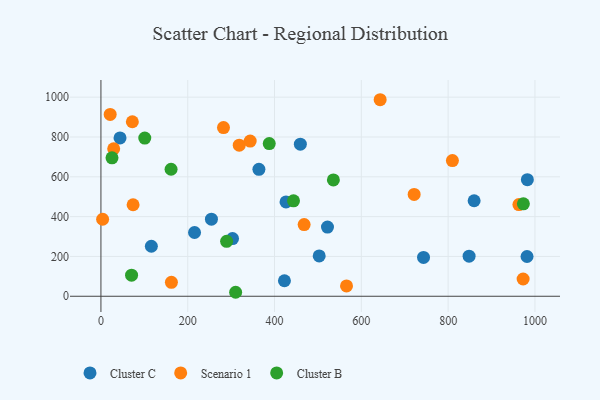
{"axis": {"x": "Experience", "y": "Salary"}, "legend": ["Cluster B", "Cluster C", "Scenario 1"], "data": [{"x": "254.6", "y": 387.1, "type": "Cluster C"}, {"x": "116.2", "y": 251.1, "type": "Cluster C"}, {"x": "426.5", "y": 473.9, "type": "Cluster C"}, {"x": "502.9", "y": 202.8, "type": "Cluster C"}, {"x": "982.6", "y": 585.4, "type": "Cluster C"}, {"x": "44.0", "y": 795.2, "type": "Cluster C"}, {"x": "459.5", "y": 763.9, "type": "Cluster C"}, {"x": "981.8", "y": 199.6, "type": "Cluster C"}, {"x": "743.3", "y": 195.1, "type": "Cluster C"}, {"x": "422.8", "y": 77.8, "type": "Cluster C"}, {"x": "859.9", "y": 479.8, "type": "Cluster C"}, {"x": "215.7", "y": 320.1, "type": "Cluster C"}, {"x": "522.0", "y": 347.3, "type": "Cluster C"}, {"x": "303.2", "y": 289.7, "type": "Cluster C"}, {"x": "364.0", "y": 637.7, "type": "Cluster C"}, {"x": "848.3", "y": 201.3, "type": "Cluster C"}, {"x": "721.7", "y": 511.4, "type": "Scenario 1"}, {"x": "565.9", "y": 52.0, "type": "Scenario 1"}, {"x": "972.8", "y": 86.8, "type": "Scenario 1"}, {"x": "282.4", "y": 847.2, "type": "Scenario 1"}, {"x": "468.2", "y": 360.2, "type": "Scenario 1"}, {"x": "809.9", "y": 681.5, "type": "Scenario 1"}, {"x": "643.4", "y": 987.1, "type": "Scenario 1"}, {"x": "72.4", "y": 876.4, "type": "Scenario 1"}, {"x": "21.3", "y": 913.4, "type": "Scenario 1"}, {"x": "74.1", "y": 459.7, "type": "Scenario 1"}, {"x": "162.4", "y": 70.0, "type": "Scenario 1"}, {"x": "963.1", "y": 460.6, "type": "Scenario 1"}, {"x": "3.9", "y": 386.9, "type": "Scenario 1"}, {"x": "29.4", "y": 740.8, "type": "Scenario 1"}, {"x": "318.7", "y": 759.0, "type": "Scenario 1"}, {"x": "343.9", "y": 779.2, "type": "Scenario 1"}, {"x": "289.6", "y": 276.0, "type": "Cluster B"}, {"x": "973.4", "y": 464.3, "type": "Cluster B"}, {"x": "101.0", "y": 794.3, "type": "Cluster B"}, {"x": "70.6", "y": 105.8, "type": "Cluster B"}, {"x": "25.5", "y": 695.3, "type": "Cluster B"}, {"x": "443.7", "y": 479.4, "type": "Cluster B"}, {"x": "310.4", "y": 20.0, "type": "Cluster B"}, {"x": "161.6", "y": 637.9, "type": "Cluster B"}, {"x": "535.6", "y": 584.1, "type": "Cluster B"}, {"x": "387.8", "y": 766.8, "type": "Cluster B"}]}